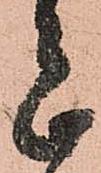
志